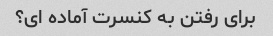
برای رفتن به کنسرت آماده ای؟